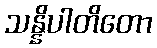
သန္နိပါတိတော